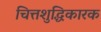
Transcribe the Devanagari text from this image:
चित्तशुद्धिकारक